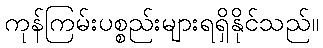
ကုန်ကြမ်းပစ္စည်းများရရှိနိုင်သည်။